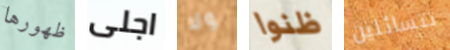
ظهورها اجلى ولا ظنوا تتسائلين